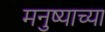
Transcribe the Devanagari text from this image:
मनु्ष्याच्या